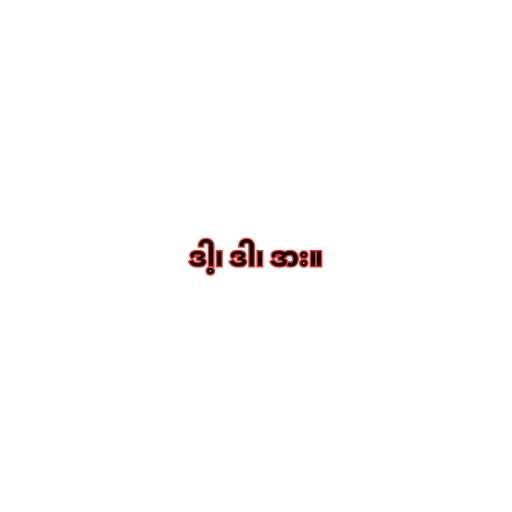
ဒါ့၊ ဒါ၊ ဒား။